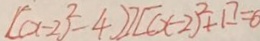
[ ( x - 2 ) ^ { 2 } - 4 ] [ ( x - 2 ) ^ { 2 } + 1 ] = 6